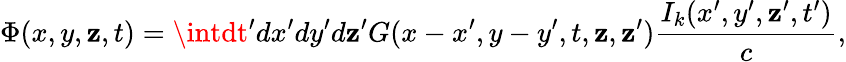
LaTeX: \Phi(x,y,\mathbf{z},t)=\intdt{'}dx{'}dy{'}d\mathbf{z}{'}G(x-x^{\prime},y-y^{\prime},t,\mathbf{z},\mathbf{z}{'})\frac{{{I_{k}(x{'},y{'},\mathbf{z}{'},t{'})}}}{{c}},